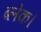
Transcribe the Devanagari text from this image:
ब्लेक।